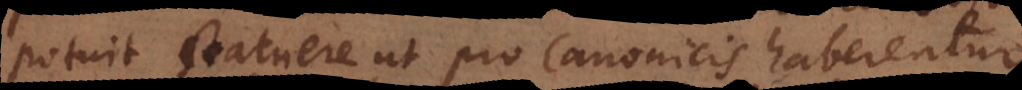
potuit statuere ut pro Canonicis haberentur.